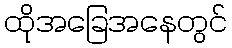
ထိုအခြေအနေတွင်